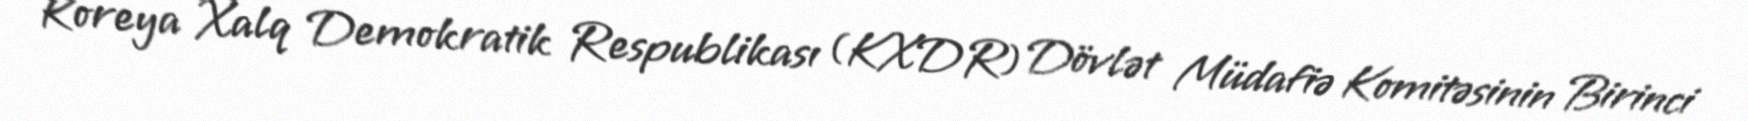
Koreya Xalq Demokratik Respublikası (KXDR) Dövlət Müdafiə Komitəsinin Birinci